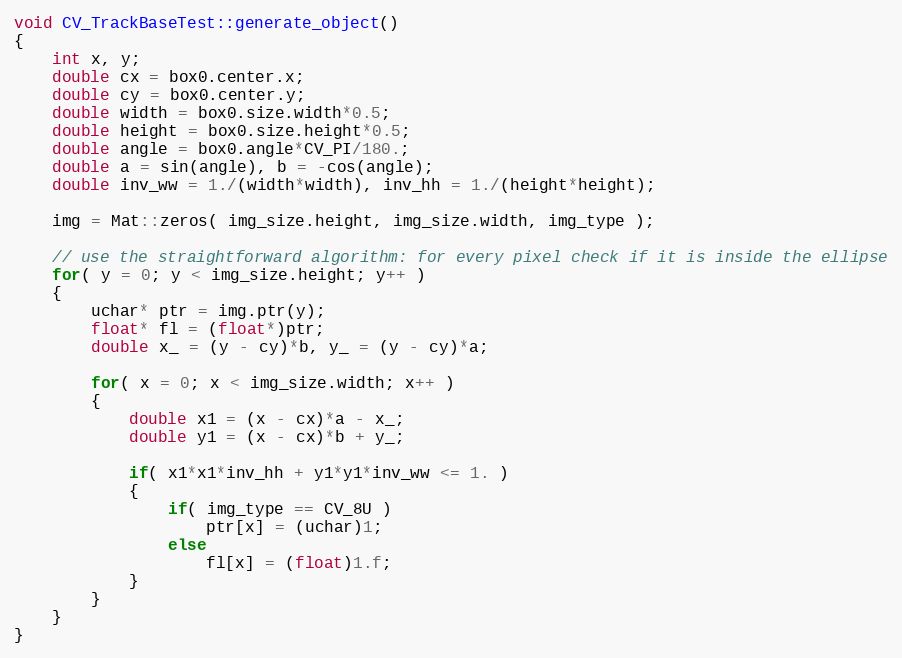
Language: C++
void CV_TrackBaseTest::generate_object()
{
    int x, y;
    double cx = box0.center.x;
    double cy = box0.center.y;
    double width = box0.size.width*0.5;
    double height = box0.size.height*0.5;
    double angle = box0.angle*CV_PI/180.;
    double a = sin(angle), b = -cos(angle);
    double inv_ww = 1./(width*width), inv_hh = 1./(height*height);

    img = Mat::zeros( img_size.height, img_size.width, img_type );

    // use the straightforward algorithm: for every pixel check if it is inside the ellipse
    for( y = 0; y < img_size.height; y++ )
    {
        uchar* ptr = img.ptr(y);
        float* fl = (float*)ptr;
        double x_ = (y - cy)*b, y_ = (y - cy)*a;

        for( x = 0; x < img_size.width; x++ )
        {
            double x1 = (x - cx)*a - x_;
            double y1 = (x - cx)*b + y_;

            if( x1*x1*inv_hh + y1*y1*inv_ww <= 1. )
            {
                if( img_type == CV_8U )
                    ptr[x] = (uchar)1;
                else
                    fl[x] = (float)1.f;
            }
        }
    }
}